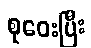
စုဝေးပြီး